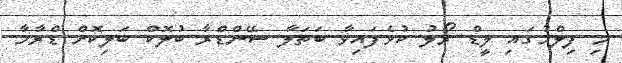
މި ފިލްމުގައި ލީޑް ރޯލު ކުޅެފައިވާ ބަތަލާ ސޭންޑްރާ ބުލޮކް ބަލިކޮށް ޑްރާމާ